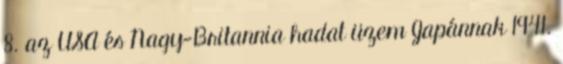
8. az USA és Nagy-Britannia hadat üzem Japánnak 1941.